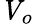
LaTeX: {\mathit{V}}_{o}